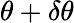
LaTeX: \theta+\delta\theta